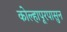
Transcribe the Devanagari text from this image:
कोल्हापूरपासुन